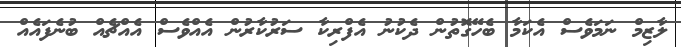
ލާޒިމް ނަމަވެސް އެކަމާ ބެހޭގޮތުން ދެކުނު އެފްރިކާ ސަރުކާރުން އެއްވެސް އެއްޗެއް ބުނެފައެއް